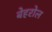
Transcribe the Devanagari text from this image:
बेहरोल